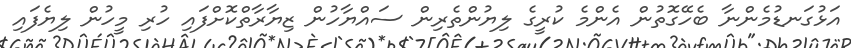
އަޅުގަނޑުމެންނާ ބެހޭގޮތުން އެންމެ ކުރީގެ ލިޔުންތެރިން ސައްޔާހުން ޒިޔާރާތްކޮށްފައި ހުރި މީހުން ލިޔެފައި